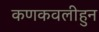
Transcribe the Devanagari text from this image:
कणकवलीहुन